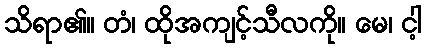
သိရာ၏။ တံ၊ ထိုအကျင့်သီလကို။ မေ၊ ငါ့